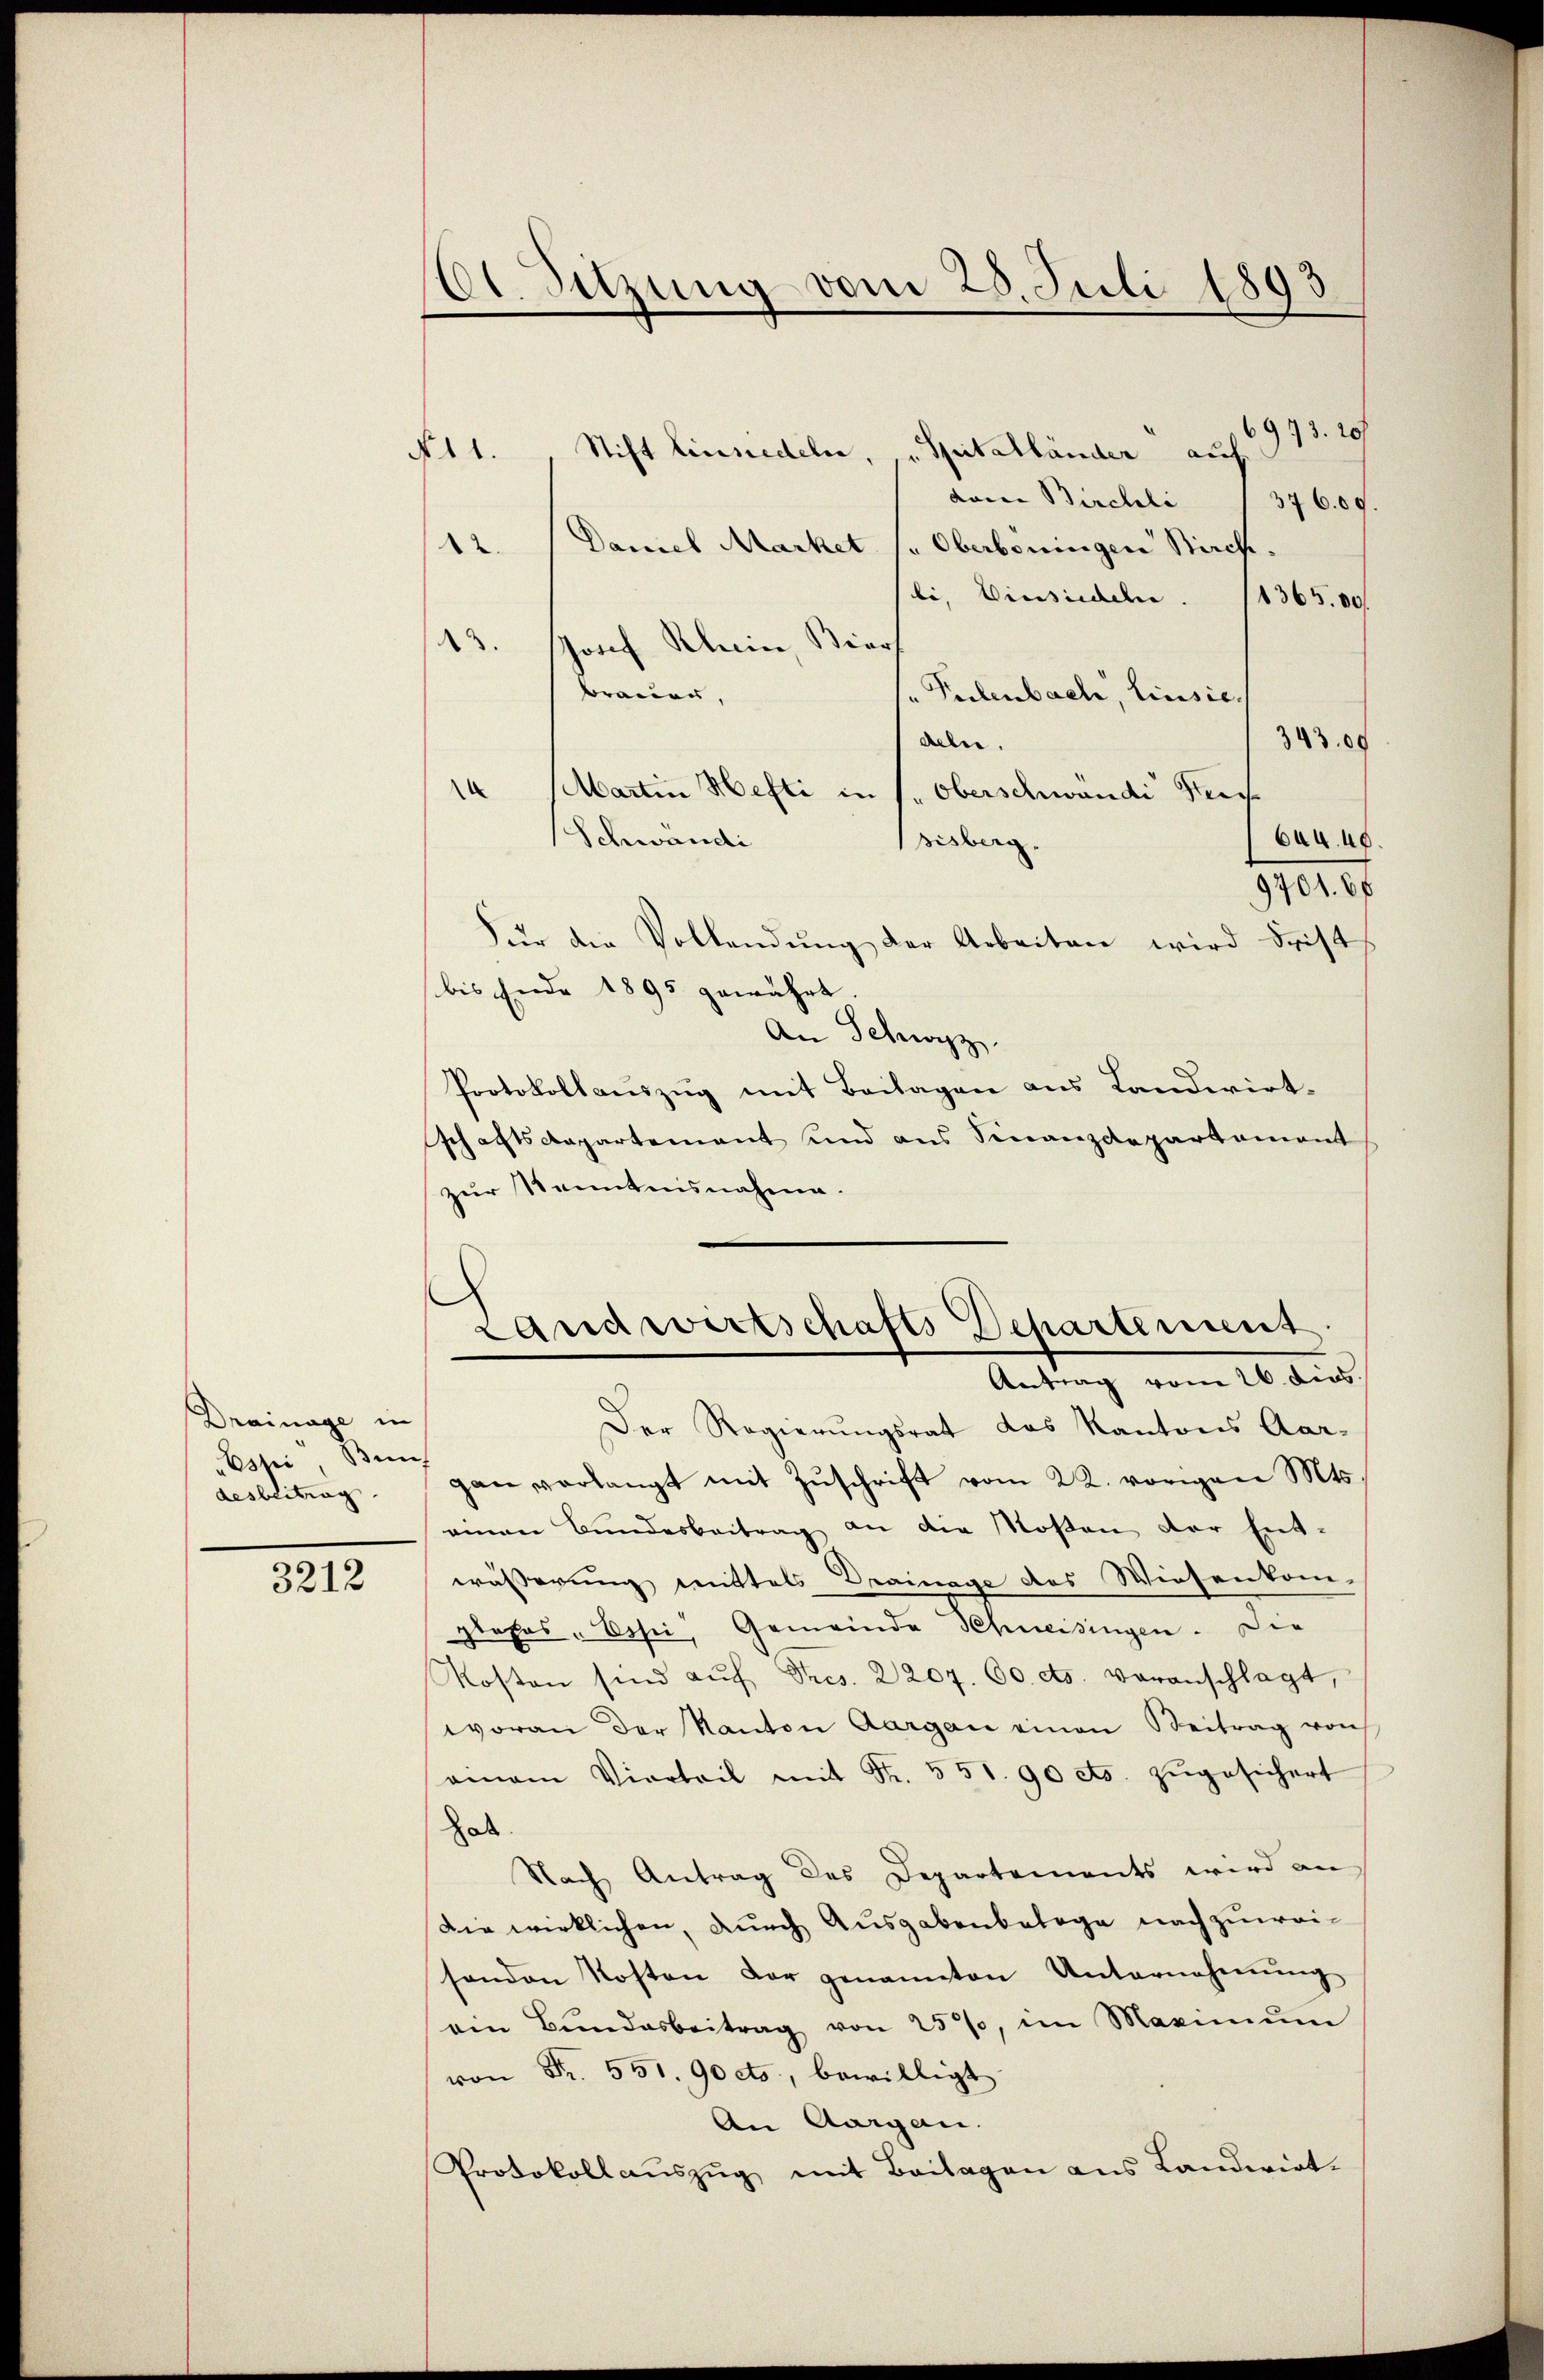
Drainage in
"Espi Bein
desbeitrag

3212

Et. Sitzung vom 25. Juli 1893

12.

973. 20
N 11. Stift Einsiedeln, „Spitalländer auch
dann Birchli
376.09.
Daniel Market pr Oberboningen Kirch
bi, Einsiedeln.
136500
13. Josef Klein, Bier
"Perlenbach, Einsie
brauen,
deln.
393,00
e
Martin Hefti in s. Oberschwandi Seeg
Schwandi
604. 40
sisberg,
9701. 66
Für die Vollendung der Arbeiten wird drist
bis Ende 1895 gewährt
An Schwyz.
Protokollauszug mit Beilagen aus Landwirtschaftsdepartement und aus Finanzdepartement
zur Kenntnisnahme.
Landwirtschafts Departement
Antrag vom 26. dies
Der Regierungsrat das Kantons Aar-
gan verlangt mit Zŭschrift vom 22. vorian Mts.
einen Bundesbeitrag an die Kosten der Ent-
wässerung mittels Drainage des Wiesenkom-
plofas " Essen, Gemeinde Schneisingen. Die
Kosten sind aŭf Sres. 2207. 60 cts. voranschlagt,
woran der Kanton Aargau einen Beitrag von
amam Vierteil mit Fr. 551. 90 cts. zŭgesichert
Hab
Nach Antrag des Departements wird an
Die wirklichen, durch Ausgabenbelage nachzuweisonden Kosten der genannten Unternehmung
ein Bŭndesbeitrag von 25%, im Maximŭm
von Fr. 551. 90 cto, bewilligt
An Aargau.
Protokollaŭszŭg mit Beilagen ans Landerirt.